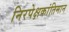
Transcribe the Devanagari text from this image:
निरपेक्षकांतिमान